Report on lock hospitals in British Burma
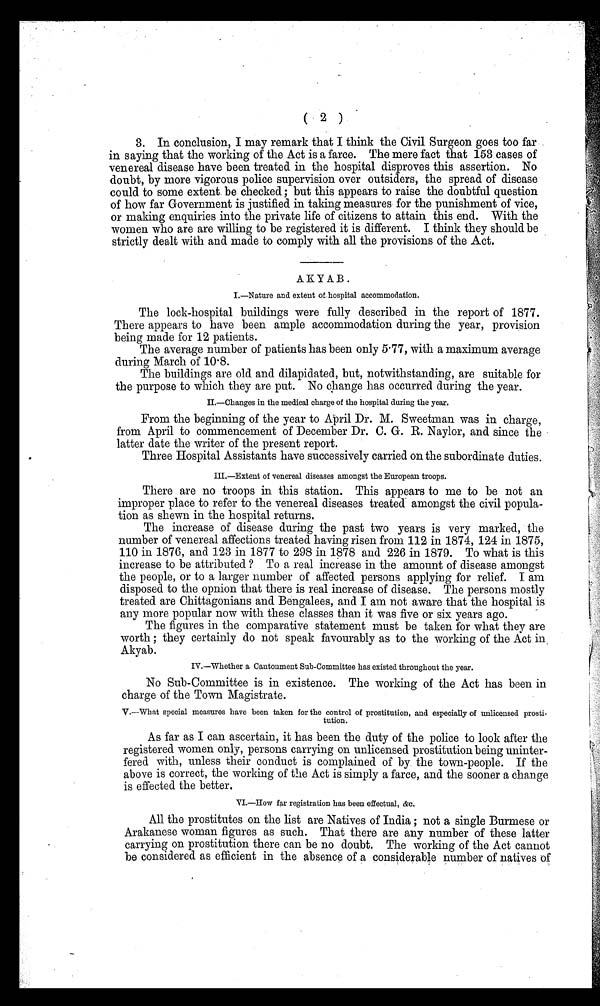
( 2 )
3. In conclusion, I may remark that I think the Civil Surgeon goes too far
in saying that the working of the Act is a farce. The mere fact that 153 cases of
venereal disease have been treated in the hospital disproves this assertion. No
doubt, by more vigorous police supervision over outsiders, the spread of disease
could to some extent be checked; but this appears to raise the doubtful question
of how far Government is justified in taking measures for the punishment of vice,
or making enquiries into the private life of citizens to attain this end. With the
women who are are willing to be registered it is different. I think they should be
strictly dealt with and made to comply with all the provisions of the Act.
AKYAB.
I.—Nature and extent of hospital accommodation.
The lock-hospital buildings were fully described in the report of 1877.
There appears to have been ample accommodation during the year, provision
being made for 12 patients.
The average number of patients has been only 5.77, with a maximum average
during March of 10.8.
The buildings are old and dilapidated, but, notwithstanding, are suitable for
the purpose to which they are put. No change has occurred during the year.
II.—Changes in the medical charge of the hospital during the year.
From the beginning of the year to April Dr. M. Sweetman was in charge,
from April to commencement of December Dr. C. G. R. Naylor, and since the
latter date the writer of the present report.
Three Hospital Assistants have successively carried on the subordinate duties.
III.—Extent of venereal diseases amongst the European troops.
There are no troops in this station. This appears to me to be not an
improper place to refer to the venereal diseases treated amongst the civil popula-
tion as shewn in the hospital returns.
The increase of disease during the past two years is very marked, the
number of venereal affections treated having risen from 112 in 1874, 124 in 1875,
110 in 1876, and 123 in 1877 to 298 in 1878 and 226 in 1879. To what is this
increase to be attributed ? To a real increase in the amount of disease amongst
the people, or to a larger number of affected persons applying for relief. I am
disposed to the opnion that there is real increase of disease. The persons mostly
treated are Chittagonians and Bengalees, and I am not aware that the hospital is
any more popular now with these classes than it was five or six years ago.
The figures in the comparative statement must be taken for what they are
worth ; they certainly do not speak favourably as to the working of the Act in
Akyab.
IV.—Whether a Cantonment Sub-Committee has existed throughout the year.
No Sub-Committee is in existence. The working of the Act has been in
charge of the Town Magistrate.
V.—What special measures have been taken for the control of prostitution, and especially of unlicensed prosti-
tution.
As far as I can ascertain, it has been the duty of the police to look after the
registered women only, persons carrying on unlicensed prostitution being uninter-
fered with, unless their conduct is complained of by the town-people. If the
above is correct, the working of the Act is
simply a farce, and the sooner a change
is effected the better.
VI.—How far registration has been effectual, &c.
All the prostitutes on the list are Natives of India ; not a single Burmese or
Arakanese woman figures as such. That there are any number of these latter
carrying on prostitution there can be no doubt. The working of the Act cannot
be considered as efficient in the absence of a considerable number of natives of